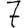
Digit: 7